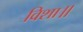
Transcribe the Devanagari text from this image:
विशा॥